Lock hospitals Punjab
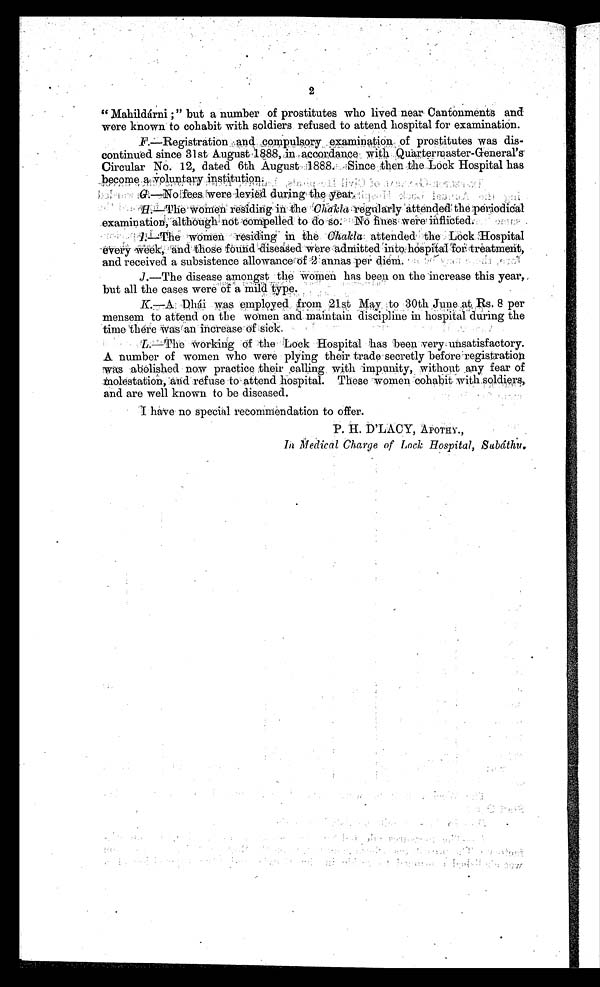
2
P. H. D'LACY, APOTHY.,
In Medical Charge of Lock Hospital, Subáthu.